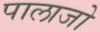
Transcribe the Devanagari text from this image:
पालाजो